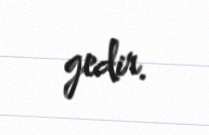
gedir.